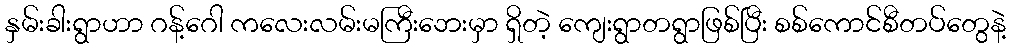
နှမ်းခါးရွာဟာ ဂန့်ဂေါ ကလေးလမ်းမကြီးဘေးမှာ ရှိတဲ့ ကျေးရွာတရွာဖြစ်ပြီး စစ်ကောင်စီတပ်တွေနဲ့